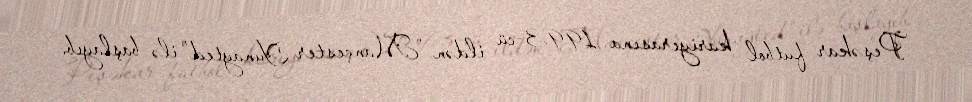
Peşəkar futbol kariyerasına 1993-cü ildən "Mançester Yunayted" ilə başlayıb.